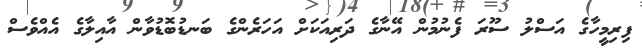
ފިރިމީހާގެ އަސްލު ސޫރަ ފެނުމުން އޭނާގެ ދަރިއަކަށް އަހަރެންގެ ބަނޑުބޮޑުވާން އާއިލާގެ އެއްވެސް